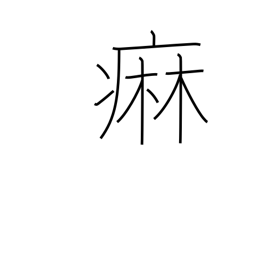
Meaning: gonorrhea